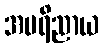
အပရိညာယ